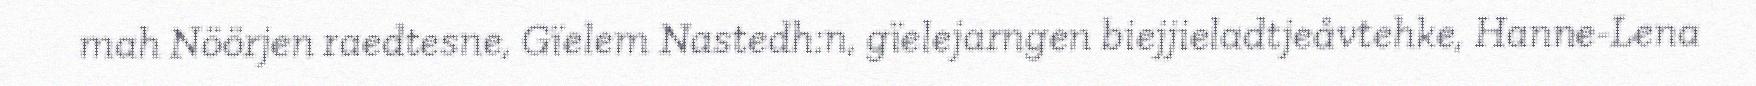
mah Nöörjen raedtesne, Gïelem Nastedh:n, gïelejarngen biejjieladtjeåvtehke, Hanne-Lena